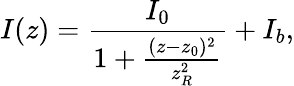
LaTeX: I(z)=\frac{I_{0}}{1+\frac{(z-z_{0})^{2}}{z_{R}^{2}}}+I_{b},